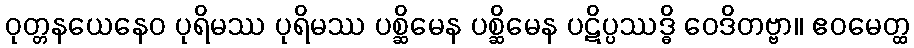
ဝုတ္တနယေနေဝ ပုရိမဿ ပုရိမဿ ပစ္ဆိမေန ပစ္ဆိမေန ပဋိပ္ပဿဒ္ဓိ ဝေဒိတဗ္ဗာ။ ဧဝမေတ္ထ